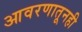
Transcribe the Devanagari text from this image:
आवरणातूनही